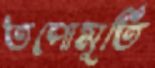
তপোমূর্তি